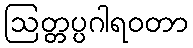
ဩတ္တပ္ပဂါရဝတာ